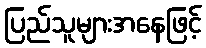
ပြည်သူများအနေဖြင့်